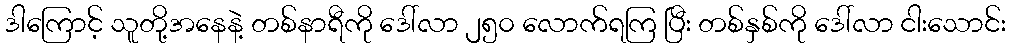
ဒါကြောင့် သူတို့အနေနဲ့ တစ်နာရီကို ဒေါ်လာ ၂၅၀ လောက်ရကြ ပြီး တစ်နှစ်ကို ဒေါ်လာ ငါးသောင်း